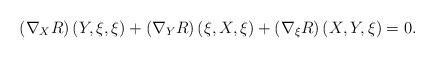
LaTeX: \begin{align*}\left(\nabla _{X} R\right)\left(Y,\xi ,\xi \right)+\left(\nabla _{Y} R\right)\left(\xi ,X,\xi \right)+\left(\nabla _{\xi } R\right)\left(X,Y,\xi \right)=0. \end{align*}